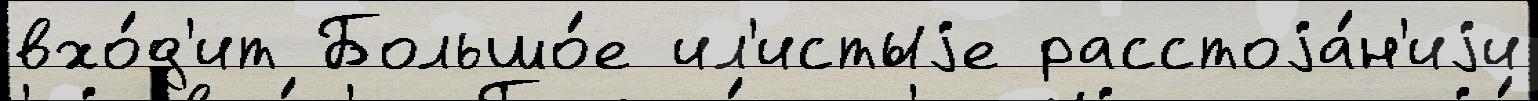
вхо́д'ит Большо́е ил'истыjе расстоjа́н'иjи